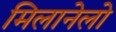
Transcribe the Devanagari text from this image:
मिलानेलो